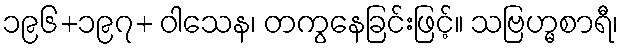
၁၉၆+၁၉၇+ ဝါသေန၊ တကွနေခြင်းဖြင့်။ သဗြဟ္မစာရီ၊